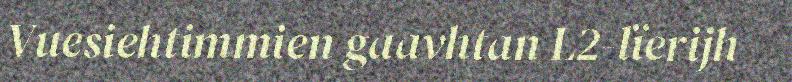
Vuesiehtimmien gaavhtan L2-lïerijh